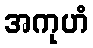
အကုဟံ